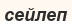
сейлеп